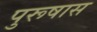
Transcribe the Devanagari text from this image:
पुरूषास